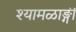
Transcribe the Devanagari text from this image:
श्यामळाङ्गी